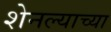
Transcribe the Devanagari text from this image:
शेनल्याच्या